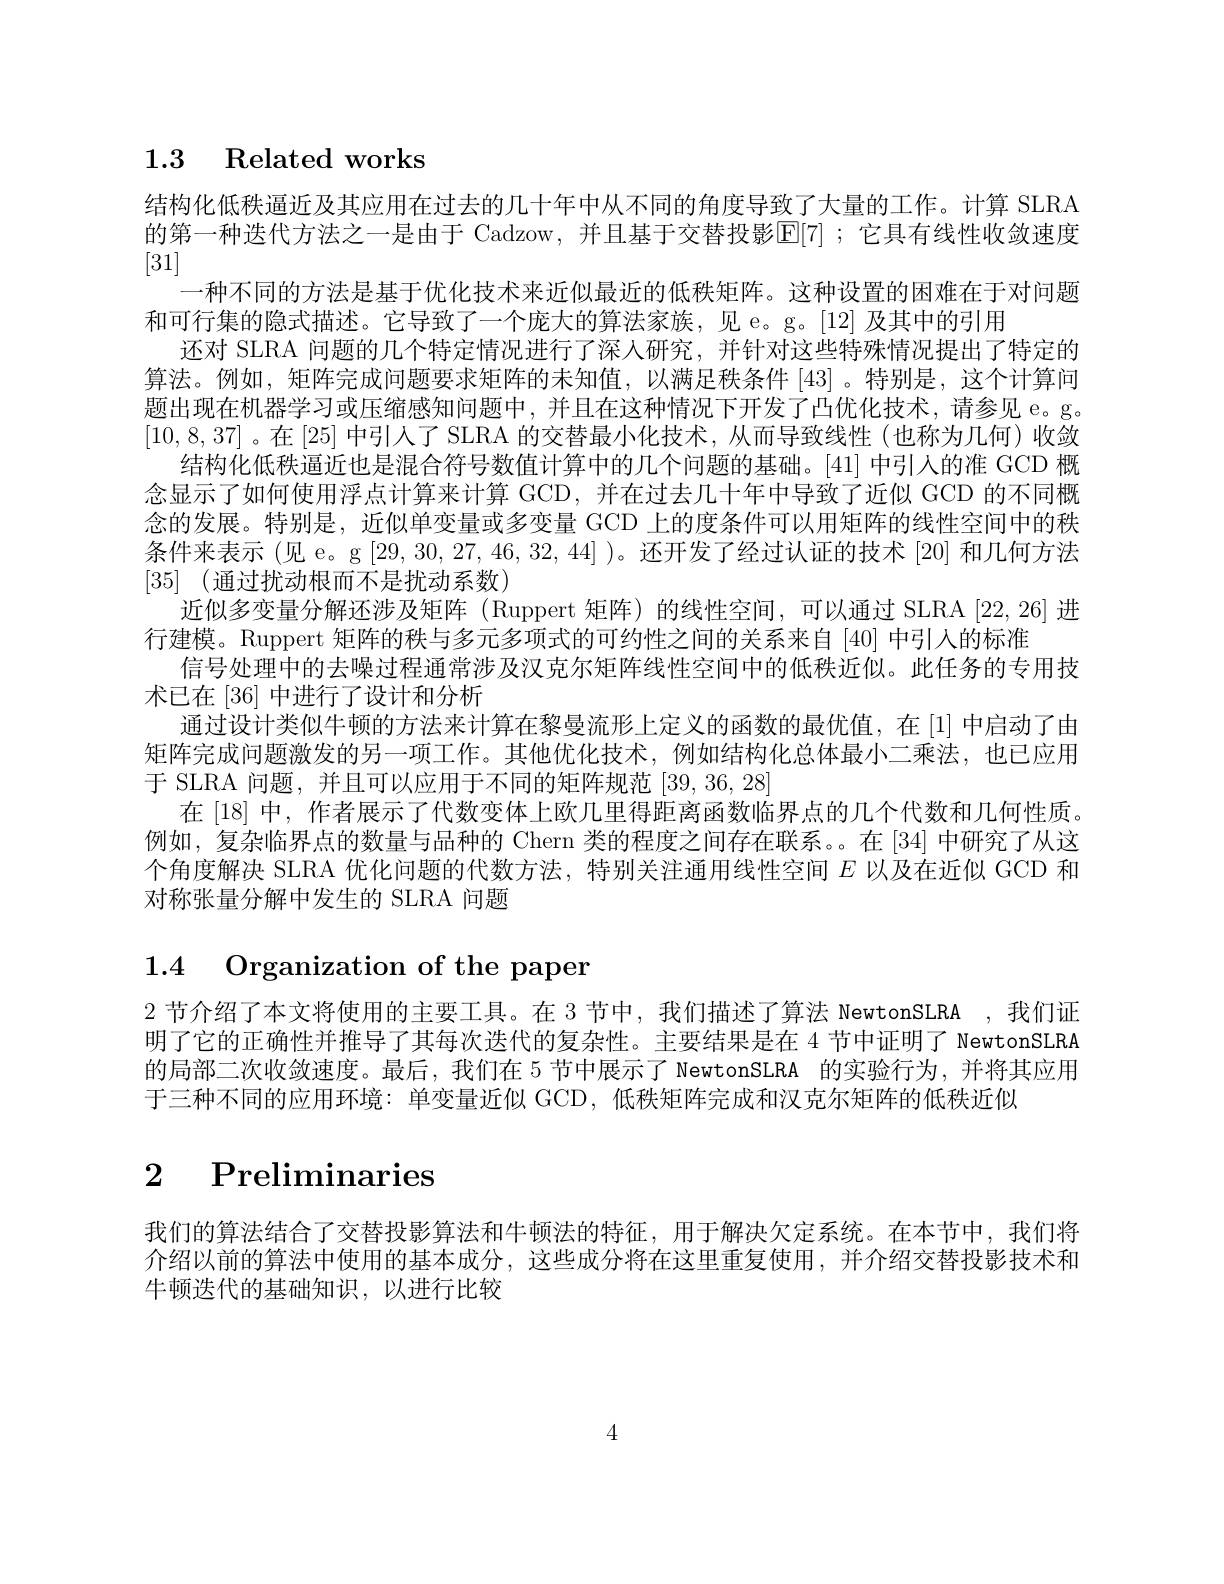
## 1.3 Related works

结构化低秩逼近及其应用在过去的几十年中从不同的角度导致了大量的工作。计算 SLRA 的第一种迭代方法之一是由于 Cadzow,并且基于交替投影$\mathbb{E}[7]$;它具有线性收敛速度[31]
一种不同的方法是基于优化技术来近似最近的低秩矩阵。这种设置的困难在于对问题
和可行集的隐式描述。它导致了一个庞大的算法家族，见 e。g。[12] 及其中的引用
还对 SLRA 问题的几个特定情况进行了深人研究，并针对这些特殊情况提出了特定的算法。例如，矩阵完成问题要求矩阵的未知值，以满足秩条件 [43]。特别是，这个计算问题出现在机器学习或压缩感知问题中，并且在这种情况下开发了凸优化技术，请参见 e。g。[10,8,37]。在[25] 中引入了 SLRA 的交替最小化技术，从而导致线性(也称为几何)收敛
结构化低秩逼近也是混合符号数值计算中的几个问题的基础。[41] 中引人的准 GCD 概念显示了如何使用浮点计算来计算 GCD,并在过去几十年中导致了近似 GCD 的不同概念的发展。特别是，近似单变量或多变量 GCD 上的度条件可以用矩阵的线性空间中的秩条件来表示 (见 e。g [29,30,27,46,32,44] )。还开发了经过认证的技术 [20] 和几何方法[35] (通过扰动根而不是扰动系数)
近似多变量分解还涉及矩阵 (Ruppert 矩阵)的线性空间，可以通过 SLRA [22,26] 进
行建模。Ruppert 矩阵的秩与多元多项式的可约性之间的关系来自[40]中引人的标准
信号处理中的去噪过程通常涉及汉克尔矩阵线性空间中的低秩近似。此任务的专用技
术已在[36]中进行了设计和分析
通过设计类似牛顿的方法来计算在黎曼流形上定义的函数的最优值，在[1] 中启动了由矩阵完成问题激发的另一项工作。其他优化技术，例如结构化总体最小二乘法，也已应用于 SLRA 问题，并且可以应用于不同的矩阵规范[39,36,28]
在 [18] 中，作者展示了代数变体上欧几里得距离函数临界点的几个代数和几何性质。例如，复杂临界点的数量与品种的 Chern 类的程度之间存在联系。。在 [34] 中研究了从这个角度解决 SLRA 优化问题的代数方法，特别关注通用线性空间$E$以及在近似 GCD 和对称张量分解中发生的 SLRA 问题

# 1.4 Organization of the paper

2 节介绍了本文将使用的主要工具。在 3 节中，我们描述了算法 NewtonSLRA ,我们证明了它的正确性并推导了其每次迭代的复杂性。主要结果是在 4 节中让明了 NewtonSLRA 的局部二次收敛速度。最后，我们在 5 节中展示了 NewtonSLRA 的实验行为，并将其应用于三种不同的应用环境：单变量近似 GCD,低秩矩阵完成和汉克尔矩阵的低秩近似

2 Preliminaries

我们的算法结合了交替投影算法和牛顿法的特征，用于解决欠定系统。在本节中，我们将介绍以前的算法中使用的基本成分，这些成分将在这里重复使用，并介绍交替投影技术和牛顿迭代的基础知识，以进行比较

4